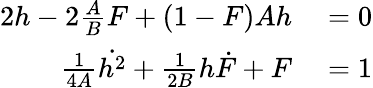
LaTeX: \begin{array}{rl}{2h-2\frac ABF+(1-F)Ah}&{{}=0}\\ {\frac{1}{4A}\dot{h^{2}}+\frac{1}{2B}h\dot{F}+F}&{{}=1}\end{array}